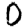
Digit: 0